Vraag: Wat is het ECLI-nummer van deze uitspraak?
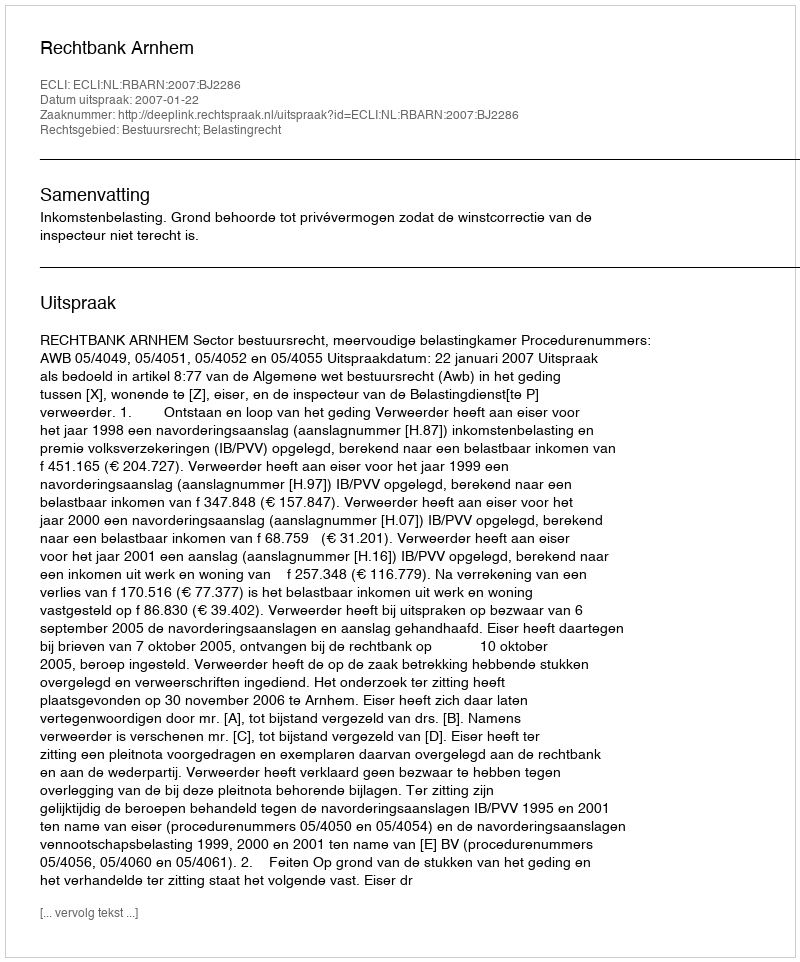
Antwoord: ECLI:NL:RBARN:2007:BJ2286